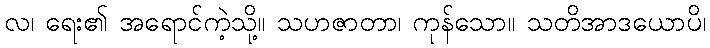
လ၊ ရေး၏ အရောင်ကဲ့သို့။ သဟဇာတာ၊ ကုန်သော။ သတိအာဒယောပိ၊